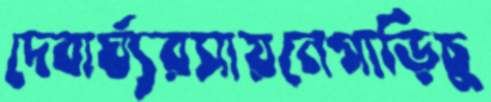
দেবার্ঘ্যরসায়নেগাড়িচু